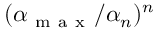
( \alpha _ { \mathrm { ~ m ~ a ~ x ~ } } / \alpha _ { n } ) ^ { n }